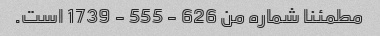
مطمئنا شماره من 626 - 555 - 1739 است.